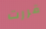
قررت